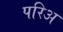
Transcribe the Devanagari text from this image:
परिअ